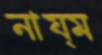
নায্ম